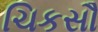
ચિકસૌ